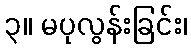
၃။ မပုလွန်းခြင်း၊